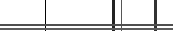
٣٢